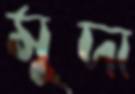
মুদা